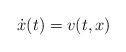
LaTeX: \begin{align*} \dot{x}(t) = v(t, x) \end{align*}